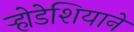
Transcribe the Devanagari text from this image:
र्‍होडेशियाने